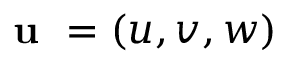
\textbf { u } = ( u , v , w )